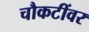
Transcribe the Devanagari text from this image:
चौकटींवर